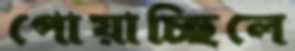
পোয়াচ্ছিলে